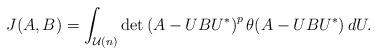
LaTeX: \begin{align*} J(A,B)=\int_{\mathcal U(n)} \det \left(A-UBU^*\right)^{p} \theta(A-UBU^*) \, dU.\end{align*}